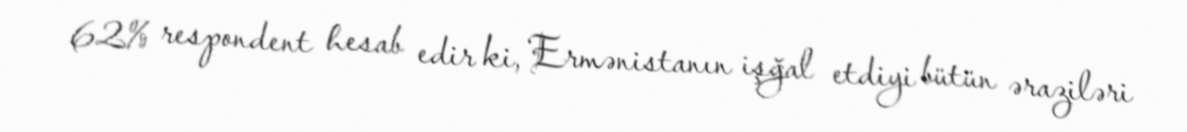
62% respondent hesab edir ki, Ermənistanın işğal etdiyi bütün əraziləri